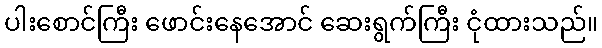
ပါးစောင်ကြီး ဖောင်းနေအောင် ဆေးရွက်ကြီး ငုံထားသည်။